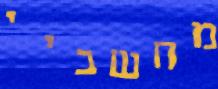
מחשביי